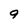
Character: 9